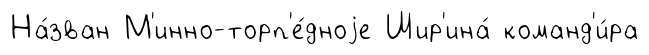
На́зван М'инно-торп'е́дноjе Шир'ина́ команд'и́ра